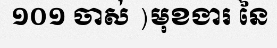
១០១ ចាស់ )មុខងារ នៃ